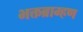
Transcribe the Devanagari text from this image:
भक्तब्राम्हण